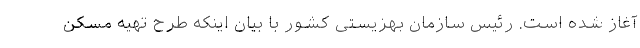
آغاز شده است. رئیس سازمان بهزیستی کشور با بیان اینکه طرح تهیه مسکن